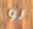
لو